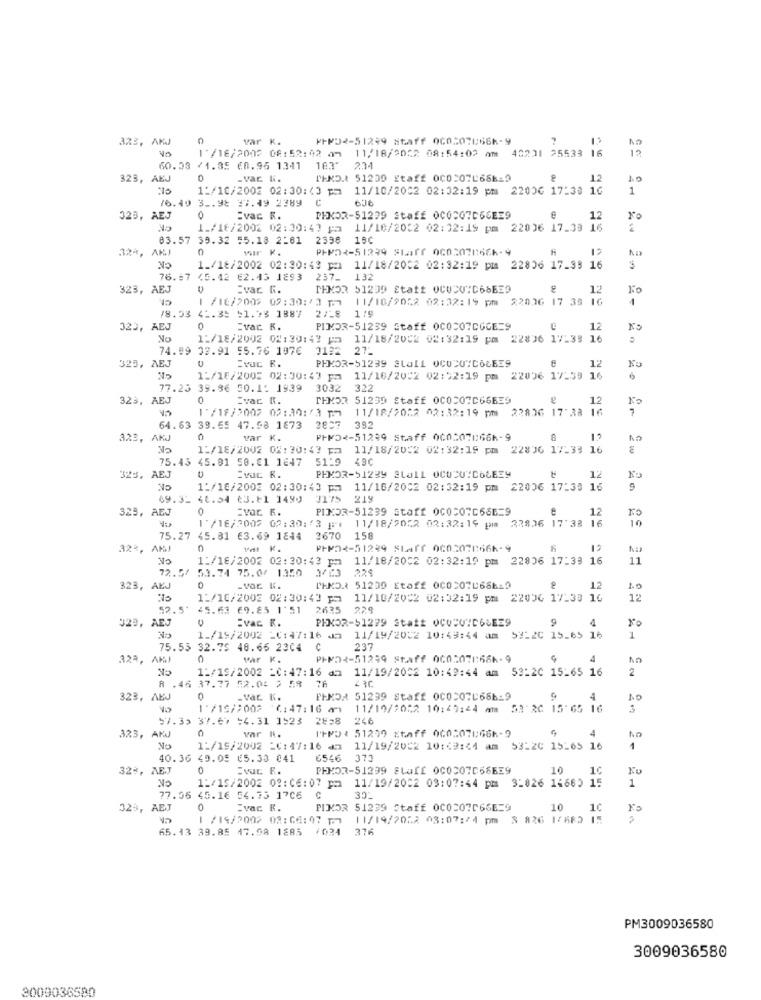
az3, AKJ
0
var K.
⑈⑈02-51299 86aff 060507066-9
40231 25533 16
12
1 /18/2002 08: 52:02 am 11/18/2052 08:54:02 Am
60.33 /1.35 60.95 1341 183"
234
323, AEJ
0
-var. W.
TEND.1 51239 Staff 000:07L68619
12
1:/16/2002 02:30:(3 pm 11/10/2002 02:32:19 pm 22006 17:30
1
76.40 3 .. 98 37.49 2289 C
323, AEJ
0
Evac R.
PEKOR-51299 Staff 0COCO7C66EE9
12
1./18/2002 02:30:43 p
11/18/2032 02:32:15 pm 22006 17.39 16
83.57 39.32 55.18 2:01
2398 18C
324, AKJ
0
wir K.
1_/18/2002 02:30:43 pm 11/18/2002 02:32:19 pm 22806 17_38 16
3
76.67 45.42 62.45 1893 237_ 132
323, AEJ
Evac G.
12
Ko
/18/200> 09:30:13 1.7
11/10/9052 02:32:19 pm
22006 17 38 16
4
27-8
1 !!
/8.53 41.3: 51.73 1887
323, AEJ
0
Evac K.
PIMDR-51239 Staff 0COCO7DGGE=9
12
No
1:/18/2002 08:30:43 pm 11/18/2002 02:32:19 pm 22836 17-38 16
74.09 39.91 55.76 1976
3182 27-
325, AEJ
PHKOR-51239 Stall OCUDU"COCEE9
12
Nu
1:/18/2003 02:30:43 pm 11/16/2002 02:52:19 pm
22006 17:39 16
77.25 39.86 50.1: 1939
3032
332
323, AEJ
0
Evac K.
TEMOR 51239 Staff 0COCO7C66EE9
12
Fo
1'/18/2007 02:30:73 1M 11/18/2022 02:32:19 pm 22836 17:38
64.63 39.65 47.98 1873 3807
392
323,
var K.
⑈FM52-51239 Staff 000507066-9
1:/18/2002 02:30:43 pm 11/18/2002 02:32:19 pm
22806 17-33 16
E
75.43
45.01 50.€1 1847
51-9
12
S. AEJ
CVUt R.
PHMOR-51234 3La11 OCUCUIC6LEE9
1:/16/2002 02:30:43 pm 11/16/2002 02:32:19 pm 22006 17:30 16
09.31 48.54 €3.+1 1499
3175 2
325, AEJ
0
EVar R.
PINDR-51239 Staff 0C0207666=9
12
No
17/16/2002 02:30:13 j#1 11/18/2052 02:32:19 pm 22836 17:38 16
10
75.27 45.81 63.69 1844
3670
158
0
PFF <- 51299 SLA7 0002078666-9
1:/18/2002 02:30:43 pm 11/18/2002 02:32:19 pm 22806 17:33 16
11
72.5/ 53.74 75.0/ 1350
229
323, AEJ
0
PHKO. 51200 Etaff 000307066619
12
11/16/2002 02:30:43 pm
11/10/2002 02:32:19 pm 22006 17-38 16
12
52.5'
45.63 69.85 1'51
C
2635 2
J29, AEJ
:vac K.
PEKOR-51279 Statt OCODVID6LEE9
9
1
1./19/2002 _C:47:16 2 11/19/2002 10:49:44 am 53-20 15-65 16
75.55 32.75 48.66 2304
237
323, AMJ
0
Par K.
PHMDR-51299 Staff 060:078:66k-9
11/19/2002 _C:47:16 am 11/19/2002 10:49:44 am 53:20 15-65 16
2
8 .46 37.77 52.04 > 58
76
323, AEJ
0
-var. K.
PENDA 51299 Staff 0003070686-9
4
1.0
1 /19/2002 0:47:16 am
11/19/2052 10:49:44 Am
53 20 15:65 16
57.3> 37.67 54.31 1523 28=8
246
C
var N.
PHPDI 51299 Etaff 000;076666-9
4
323, AKJ
NO
No
1:/19/2002 =C:47:16 am 11/19/2002 10:59:44 am 53:20 15-65 16
1
40.36 40.05 €5.33 041
6546 373
32%, AE.J
0
EVOL E.
PHKOR-51299 SLI OC037569
10
10
NO
1
1:/15/2002 02:06:07 pm 11/19/2002 03:07:44 pm 31826 16660 15
77.36 45.16 54.75 17C6
C
30_
323, AEJ
Evac R.
PIKOR 51239 Staff 0C0207066E=9
10
10
1 /19/2002 03:66: 07 pm 11/19/2052 03:07:24 pm 3 826 1/683
65.43 39.85 47.98 1885 /034
376
PM3009036580
3009036580
3009036580